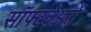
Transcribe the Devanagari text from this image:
सॉफ्टवेअरों